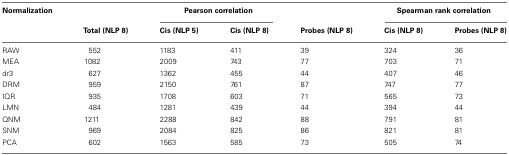
<table><thead><tr><td><b>Normalization</b></td><td colspan="4"><b>Pearson correlation</b></td><td colspan="2"><b>Spearman rank correlation</b></td></tr><tr><td></td><td><b>Total (NLP 8)</b></td><td><b>Cis (NLP 5)</b></td><td><b>Cis (NLP 8)</b></td><td><b>Probes (NLP 8)</b></td><td><b>Cis (NLP 8)</b></td><td><b>Probes (NLP 8)</b></td></tr></thead><tbody><tr><td>RAW</td><td>552</td><td>1183</td><td>411</td><td>39</td><td>324</td><td>36</td></tr><tr><td>MEA</td><td>1082</td><td>2009</td><td>743</td><td>77</td><td>703</td><td>71</td></tr><tr><td>dr3</td><td>627</td><td>1362</td><td>455</td><td>44</td><td>407</td><td>46</td></tr><tr><td>DRM</td><td>959</td><td>2150</td><td>761</td><td>87</td><td>747</td><td>77</td></tr><tr><td>IQR</td><td>935</td><td>1708</td><td>603</td><td>71</td><td>565</td><td>73</td></tr><tr><td>LMN</td><td>484</td><td>1281</td><td>439</td><td>44</td><td>394</td><td>44</td></tr><tr><td>QNM</td><td>1211</td><td>2288</td><td>842</td><td>88</td><td>791</td><td>81</td></tr><tr><td>SNM</td><td>969</td><td>2084</td><td>825</td><td>86</td><td>821</td><td>81</td></tr><tr><td>PCA</td><td>602</td><td>1563</td><td>585</td><td>73</td><td>505</td><td>74</td></tr></tbody></table>